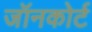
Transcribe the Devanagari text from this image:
जॉनकोर्ट